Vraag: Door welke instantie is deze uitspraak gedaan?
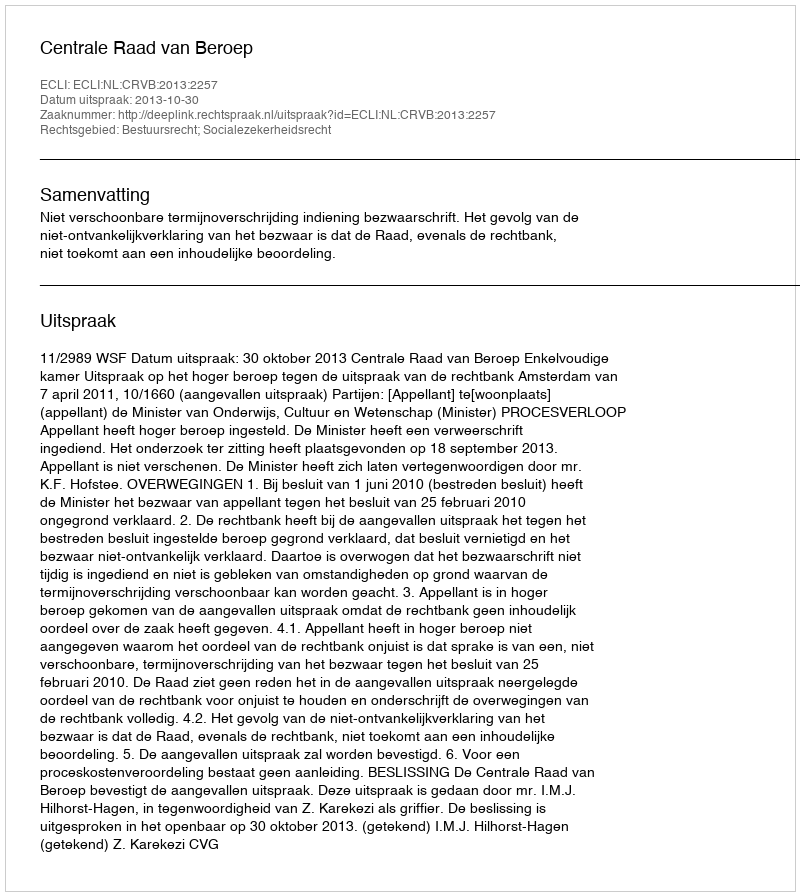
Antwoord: Centrale Raad van Beroep